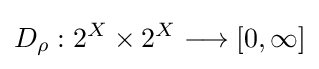
D_{\rho }:2^{X}\times 2^{X}\longrightarrow [0,\infty ]